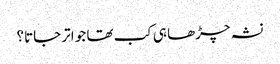
نشہ چڑھا ہی کب تھا جو اتر جاتا؟